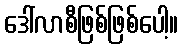
ဒေါ်လာစီဖြစ်ဖြစ်ပေါ့။